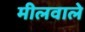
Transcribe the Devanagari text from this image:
मीलवाले